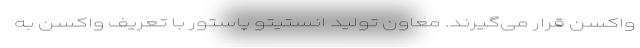
واکسن قرار می‌گیرند. معاون تولید انستیتو پاستور با تعریف واکسن به